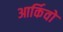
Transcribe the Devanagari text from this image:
आर्किवो